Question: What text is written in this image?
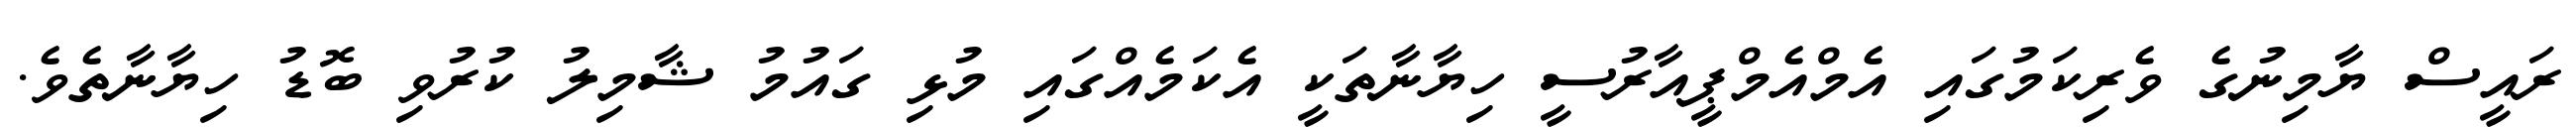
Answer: ރައީސް ޔާމިނުގެ ވެރިކަމުގައި އެމްއެމްޕީއާރުސީ ހިޔާނާތަކީ އެކަމެއްގައި މުޅި ގައުމު ޝާމިލު ކުރުވި ބޮޑު ހިޔާނާތެވެ.